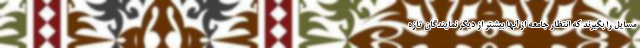
مسایل را بگیرند که انتظار جامعه از آنها بیشتر از دیگر نمایندگان تازه